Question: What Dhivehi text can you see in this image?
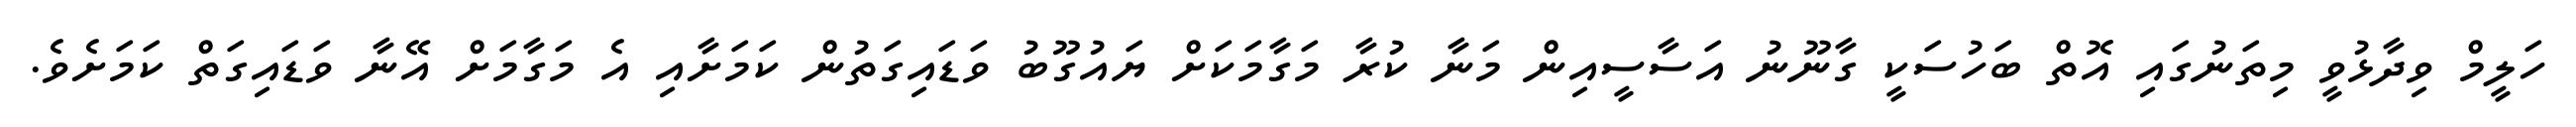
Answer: ހަލީމް ވިދާޅުވީ މިތަނުގައި އޮތް ބަހުސަކީ ގާނޫނު އަސާސީއިން މަނާ ކުރާ މަގާމަކަށް ޔައުގޫބު ވަޑައިގަތުން ކަމަށާއި އެ މަގާމަށް އޭނާ ވަޑައިގަތް ކަމަށެވެ.